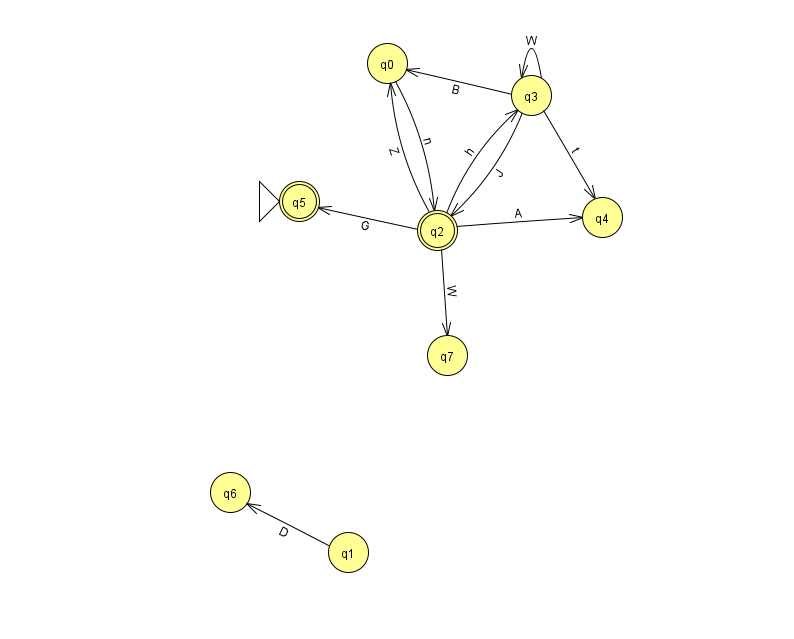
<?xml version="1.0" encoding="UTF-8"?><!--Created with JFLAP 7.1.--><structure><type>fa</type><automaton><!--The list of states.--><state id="0" name="q0"><x>387.0</x><y>50.0</y></state><state id="1" name="q1"><x>348.0</x><y>539.0</y></state><state id="2" name="q2"><x>437.0</x><y>217.0</y><final/></state><state id="3" name="q3"><x>531.0</x><y>82.0</y></state><state id="4" name="q4"><x>602.0</x><y>204.0</y></state><state id="5" name="q5"><x>299.0</x><y>188.0</y><initial/><final/></state><state id="6" name="q6"><x>230.0</x><y>479.0</y></state><state id="7" name="q7"><x>447.0</x><y>342.0</y></state><!--The list of transitions.--><transition><from>2</from><to>3</to><read>h</read></transition><transition><from>2</from><to>0</to><read>Z</read></transition><transition><from>3</from><to>0</to><read>B</read></transition><transition><from>3</from><to>4</to><read>t</read></transition><transition><from>3</from><to>2</to><read>J</read></transition><transition><from>0</from><to>2</to><read>n</read></transition><transition><from>2</from><to>5</to><read>G</read></transition><transition><from>3</from><to>3</to><read>W</read></transition><transition><from>1</from><to>6</to><read>D</read></transition><transition><from>2</from><to>4</to><read>A</read></transition><transition><from>2</from><to>7</to><read>W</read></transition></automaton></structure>